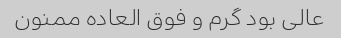
عالی بود گرم و فوق العاده ممنون